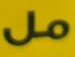
مل